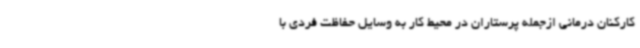
کارکنان درمانی ازجمله پرستاران در محیط کار به وسایل حفاظت فردی با